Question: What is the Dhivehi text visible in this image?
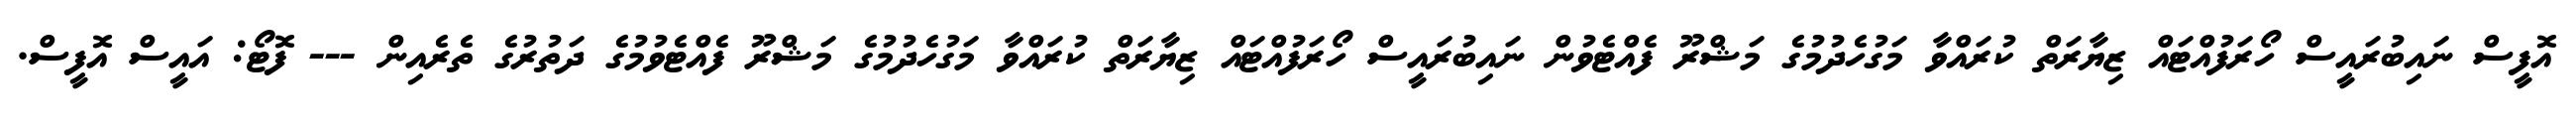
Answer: އޮފީސް ނައިބުރައީސް ހޯރަފުއްޓައް ޒިޔާރަތް ކުރައްވާ މަގުހެދުމުގެ މަޝްރޫ ފެއްޓެވުން ނައިބުރައީސް ހޯރަފުއްޓައް ޒިޔާރަތް ކުރައްވާ މަގުހެދުމުގެ މަޝްރޫ ފެއްޓެވުމުގެ ދަތުރުގެ ތެރެއިން --- ފޮޓޯ: އައީސް އޮފީސް.